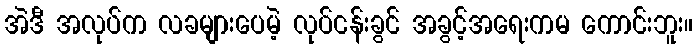
အဲဒီ အလုပ်က လခများပေမဲ့ လုပ်ငန်းခွင် အခွင့်အရေးကမ ကောင်းဘူး။